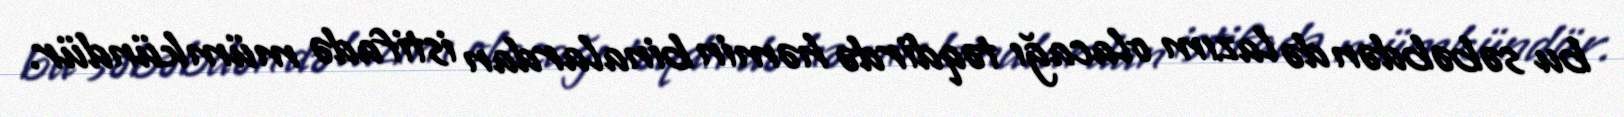
bu səbəbdən də lazım olacağı təqdirdə həmin binalardan istifadə mümkündür.